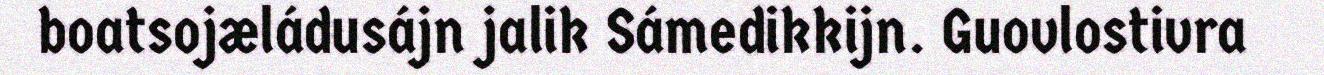
boatsojæládusájn jalik Sámedikkijn. Guovlostivra